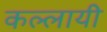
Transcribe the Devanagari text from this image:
कल्लायी